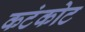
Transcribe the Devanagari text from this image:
कटंकोट